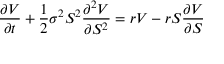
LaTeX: { \frac { \partial V } { \partial t } } + { \frac { 1 } { 2 } } \sigma ^ { 2 } S ^ { 2 } { \frac { \partial ^ { 2 } V } { \partial S ^ { 2 } } } = r V - r S { \frac { \partial V } { \partial S } }